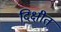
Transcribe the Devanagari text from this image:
दिक्षीत